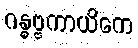
ဂန္ဓဗ္ဗကာယိကေ